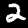
Label: 2